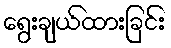
ရွေးချယ်ထားခြင်း